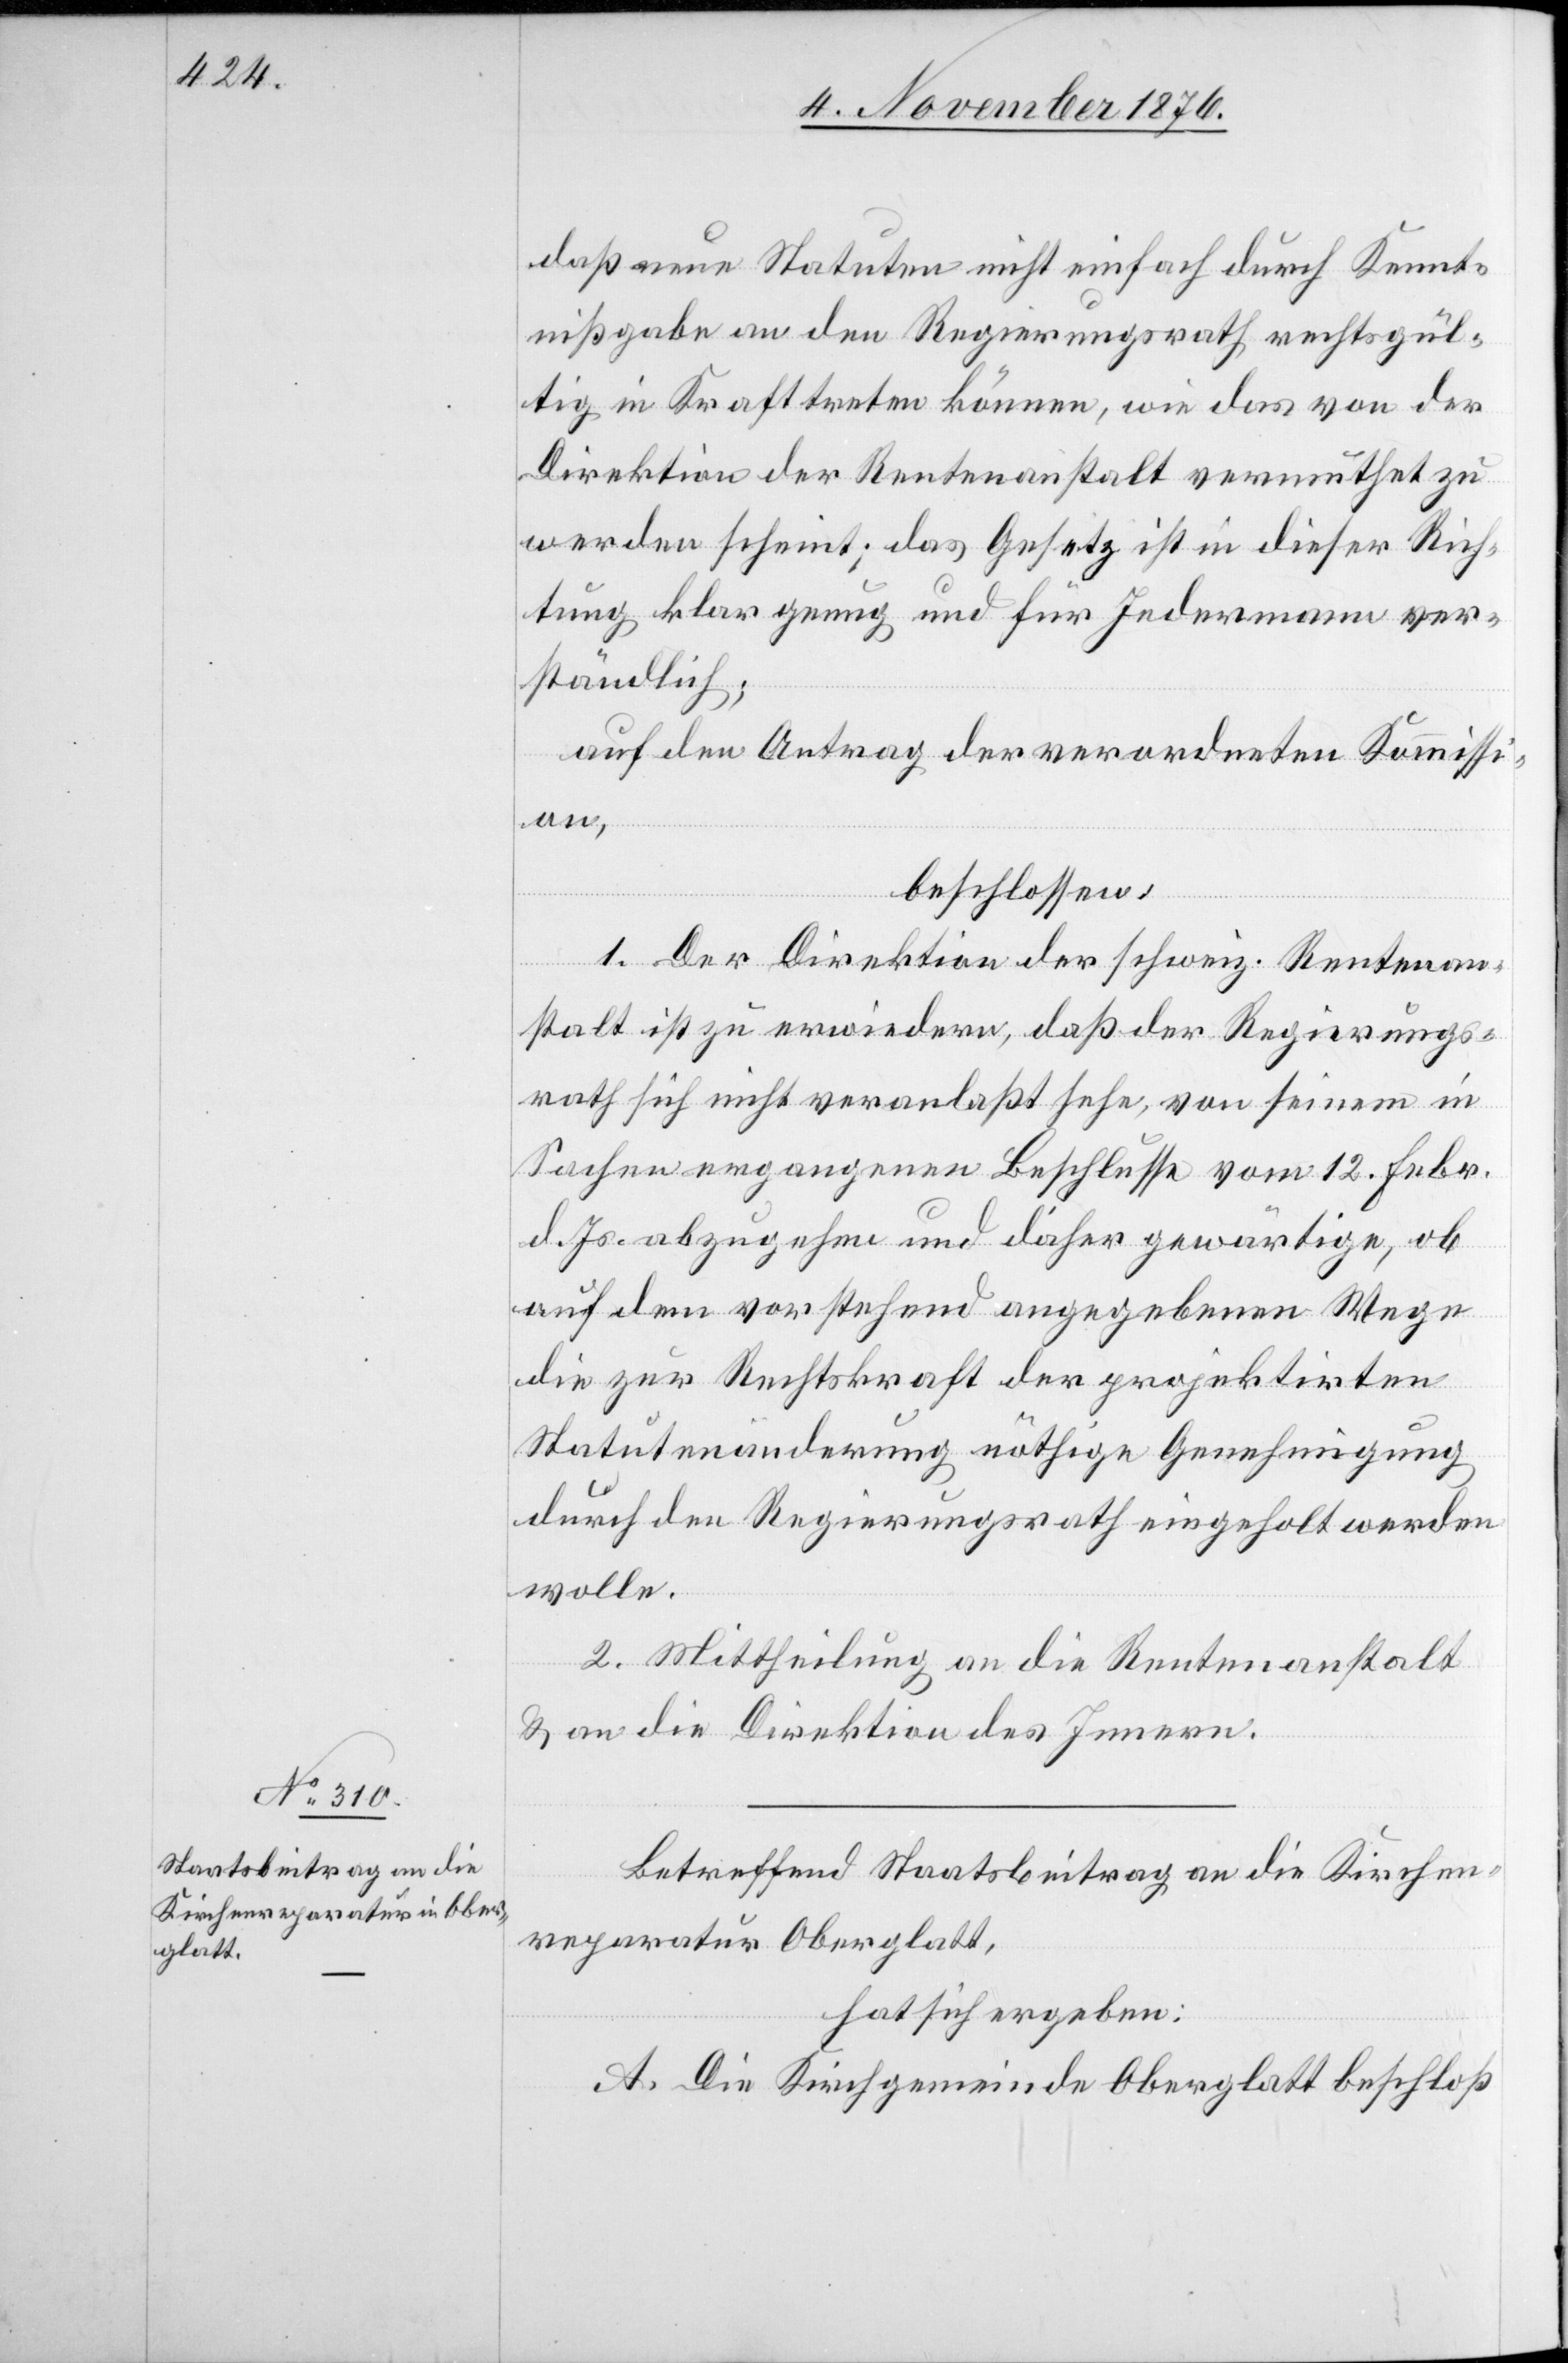
daß neue Statuten nicht einfach durch Kennt¬
nißgabe an den Regierungsrath rechtsgül¬
tig in Kraft treten können, wie das von der
Direktion der Rentenanstalt vermuthet zu
werden scheint; das Gesetz ist in dieser Rich¬
tung klar genug und für Jedermann ver¬
ständlich;
auf den Antrag der verordneten Kommissi¬
on,
beschlossen:
1. Der Direktion der schweiz. Rentenan¬
stalt ist zu erwiedern, daß der Regierungs¬
rath sich nicht veranlaßt sehe, von seinem in
Sachen ergangenen Beschlusse vom 12. Febr.
d. Js. abzugehen und daher gewärtige, ob
auf dem vorstehend angegebenen Wege
die zur Rechtskraft der projektirten
Statutenänderung nöthige Genehmigung
durch den Regierungsrath eingeholt werden
wolle.
2. Mittheilung an die Rentenanstalt
& an die Direktion des Innern.
Betreffend Staatsbeitrag an die Kirchen¬
reparatur Oberglatt,
hat sich ergeben:
A. Die Kirchgemeinde Oberglatt beschloß